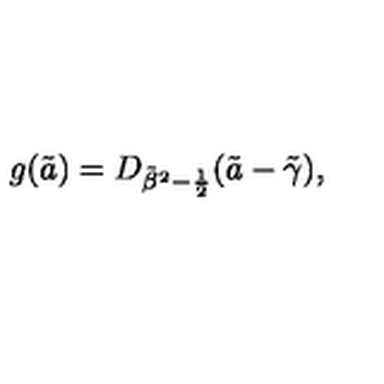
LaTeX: g ( \tilde { a } ) = D _ { { \tilde { \beta } } ^ { 2 } - { \frac { 1 } { 2 } } } ( \tilde { a } - \tilde { \gamma } ) ,